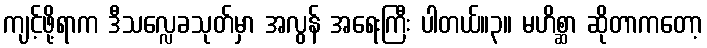
ကျင့်ဖို့ရာက ဒီသလ္လေခသုတ်မှာ အလွန် အရေးကြီး ပါတယ်။၃။ မဟိစ္ဆာ ဆိုတာကတော့